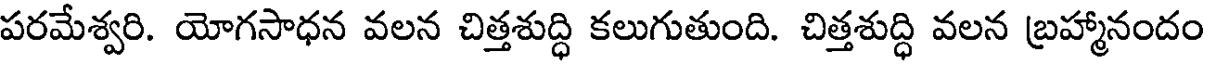
పరమేశ్వరి. యోగసాధన వలన చిత్తశుద్ధి కలుగుతుంది. చిత్తశుద్ధి వలన బ్రహ్మానందం